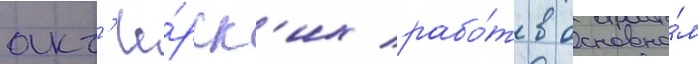
акт'ё́рск'их рабо́т в основно́м